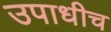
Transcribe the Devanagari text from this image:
उपाधीच